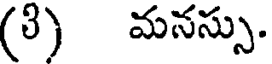
(3) మనస్సు.